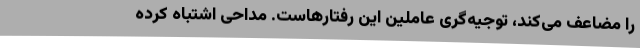
را مضاعف می‌کند، توجیه‌گری عاملین این رفتارهاست. مداحی اشتباه کرده